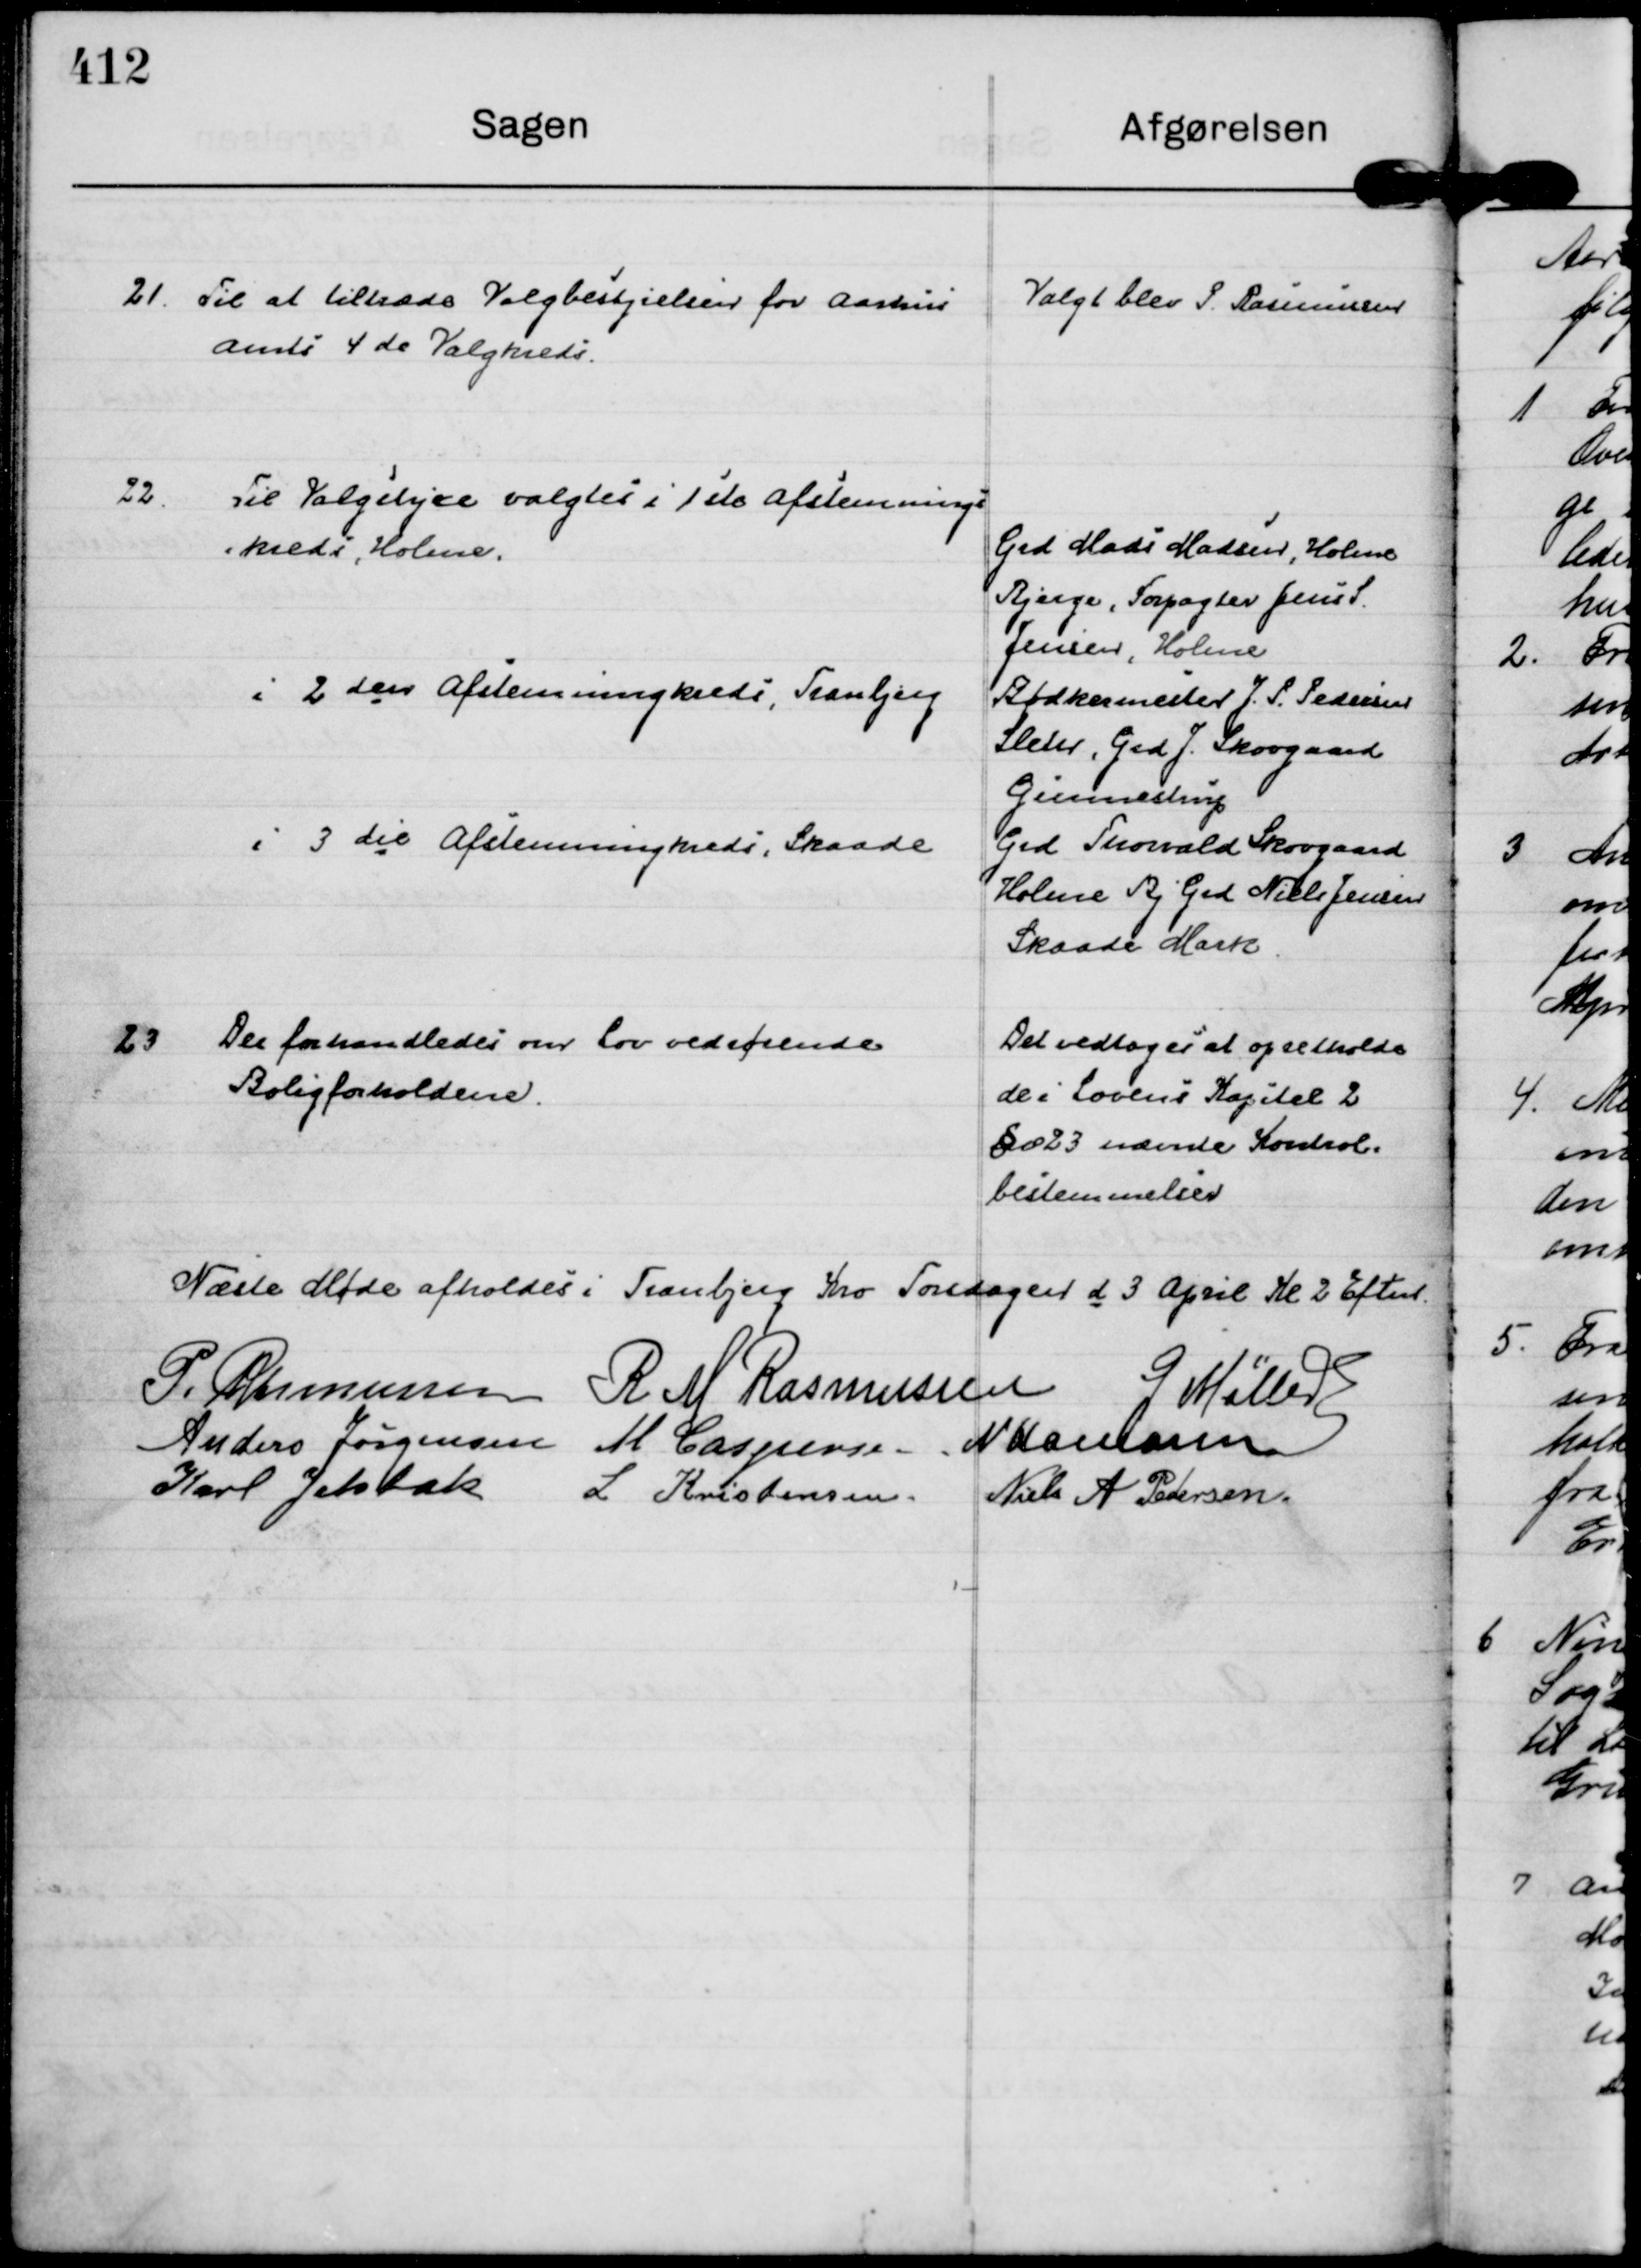
Transskription:
21.
Til at tiltræde Valgbestyrelsen for Aarhus
Amts 4 de Valgkreds.

Valgt blev P. Rasmussen

22.
Til Valgstyrer valgtes i 1 ste Afstemnings
=kreds, Holme.

Grd Mads Madsen, Holme
Bjerge, Forpagter Jens S.
Jensen, Holme

i 2 den Afstemningskreds, Tranbjerg

Bødkermester J. P. Pedersen
Sleth, Grd J. Skovgaard 
Gunnestrup

i 3 die Afstemningskreds, Skaade

Grd Thorvald Skovgaard
Holme Bj Grd Niels Jensen
Skaade Mark.

23
Der forhandledes om Lov vedrørende
Boligforholdene.

Det vedtoges at opretholde
de i Lovens Kapitel 2
§ 23 nævnte Kontrol=
bestemmelser

Næste Møde afholdes i Tranbjerg Kro Torsdagen d 3 April Kl 2 Eftm.
P. Rasmussen
R M Rasmussen
G Møller
Anders Jørgensen
M Caspersen
N Hamann
Karl Jelsbak
L Kristensen.
Niels A Pedersen.